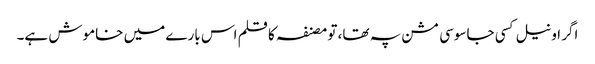
اگر اونیل کسی جاسوسی مشن پہ تھا، تو مصنفہ کا قلم اس بارے میں خاموش ہے۔